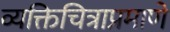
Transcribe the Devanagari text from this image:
व्यक्तिचित्राप्रमाणे